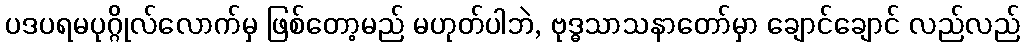
ပဒပရမပုဂ္ဂိုလ်လောက်မှ ဖြစ်တော့မည် မဟုတ်ပါဘဲ, ဗုဒ္ဓသာသနာတော်မှာ ချောင်ချောင် လည်လည်